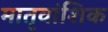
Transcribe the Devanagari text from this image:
मातृवांशिक